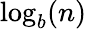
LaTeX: \log_{b}(n)